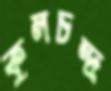
কুলচন্দ্র